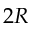
2 R